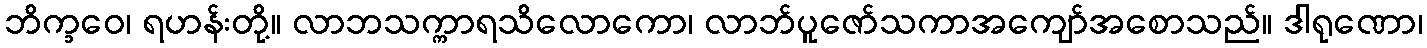
ဘိက္ခဝေ၊ ရဟန်းတို့။ လာဘသက္ကာရသိလောကော၊ လာဘ်ပူဇော်သကာအကျော်အစောသည်။ ဒါရုဏော၊